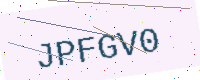
Text: JPFGV0